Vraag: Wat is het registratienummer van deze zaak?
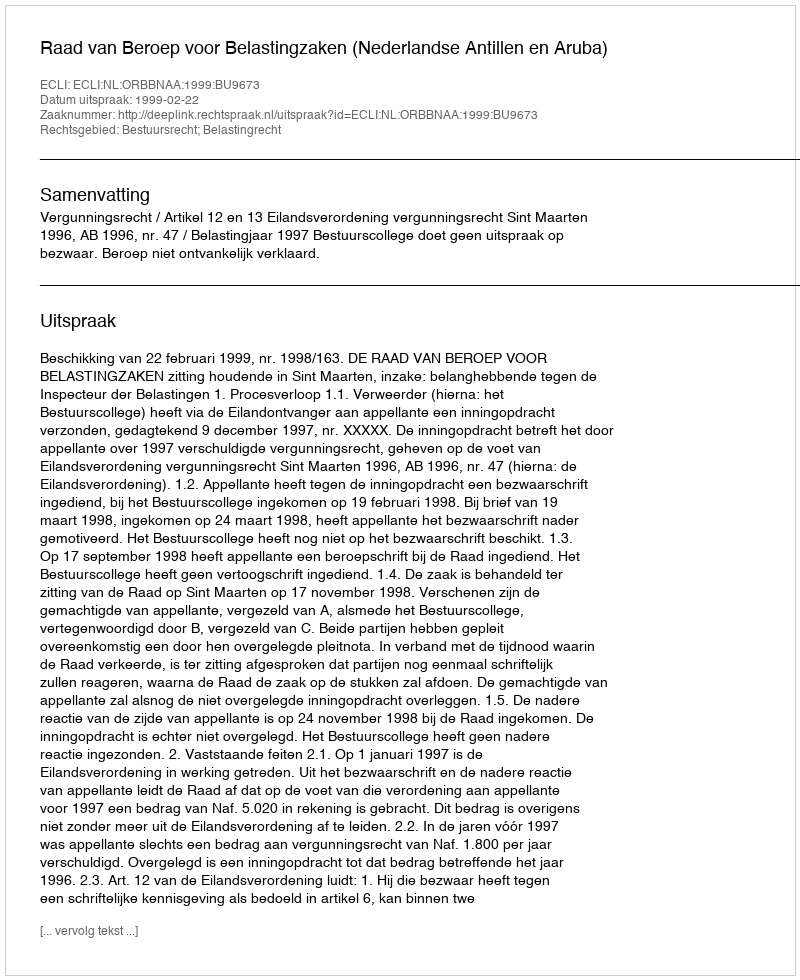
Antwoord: http://deeplink.rechtspraak.nl/uitspraak?id=ECLI:NL:ORBBNAA:1999:BU9673